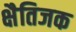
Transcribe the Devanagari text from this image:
क्षैतिजक